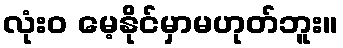
လုံးဝ မေ့နိုင်မှာမဟုတ်ဘူး။